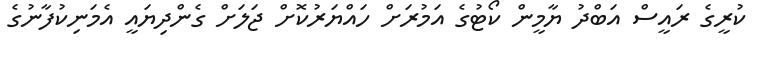
ކުރީގެ ރައީސް އަބްދު ޔާމީން ކޯޓުގެ އަމުރަށް ހައްޔަރުކޮށް ޖަލަށް ގެންދިޔައީ އެމަނިކުފާނުގެ